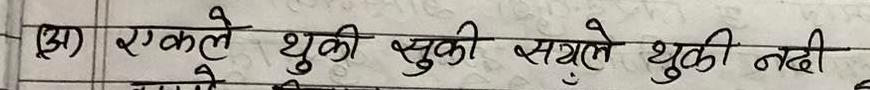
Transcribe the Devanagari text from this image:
(अ) एक्लै सुखी सयले सुखी नदी